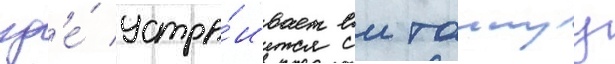
гд'е́ устра́ивает еи таинуу